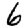
Digit: 6